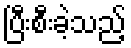
ပြီးစီးခဲ့သည့်